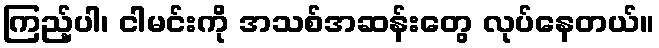
ကြည့်ပါ၊ ငါမင်းကို အသစ်အဆန်းတွေ လုပ်နေတယ်။